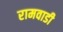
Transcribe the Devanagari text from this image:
रामवाडी